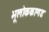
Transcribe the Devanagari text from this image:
भूलाेककाणड